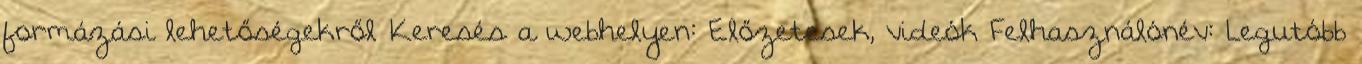
formázási lehetőségekről Keresés a webhelyen: Előzetesek, videók Felhasználónév: Legutóbb